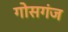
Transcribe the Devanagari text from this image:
गोसगंज